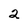
Character: 2